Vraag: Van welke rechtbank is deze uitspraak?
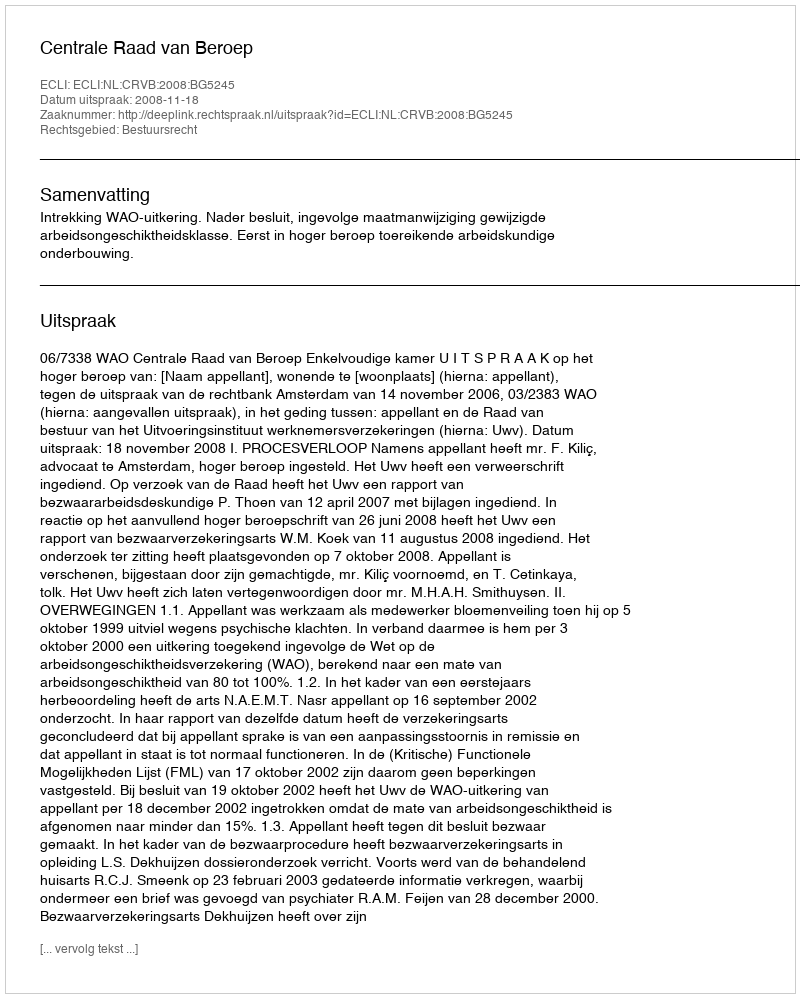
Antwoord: Centrale Raad van Beroep